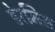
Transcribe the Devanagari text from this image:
डेरमिस